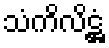
သံကိလိဋ္ဌံ